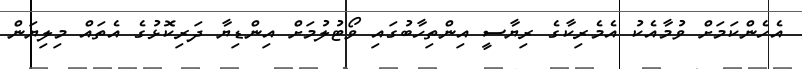
އެހެންކަމަށް ވުމާއެކު އެމެރިކާގެ ރިޔާސީ އިންތިހާބުގައި ވޯޓުލުމަށް އިންޑިޔާ ދަރިކޮޅުގެ އެތައް މިލިޔަން